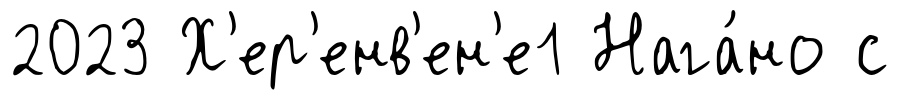
2023 Х'ер'енв'ен'е1 Нага́но с